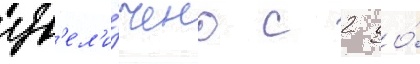
ув'ел'и́чено с 2 до́